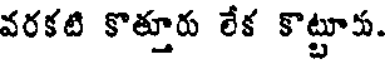
వరకటి కొత్తూరు లేక కొట్టూకు.